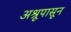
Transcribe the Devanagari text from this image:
अश्रूपासून